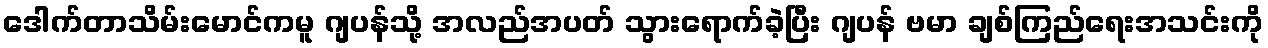
ဒေါက်တာသိမ်းမောင်ကမူ ဂျပန်သို့ အလည်အပတ် သွားရောက်ခဲ့ပြီး ဂျပန် ဗမာ ချစ်ကြည်ရေးအသင်းကို